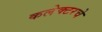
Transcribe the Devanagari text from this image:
कलेक्टरचे